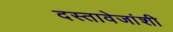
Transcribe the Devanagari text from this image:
दस्तावेजांशी